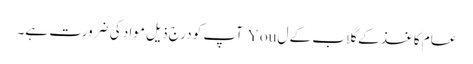
عام کاغذ کے گلاب کے ل You آپ کو درج ذیل مواد کی ضرورت ہے۔